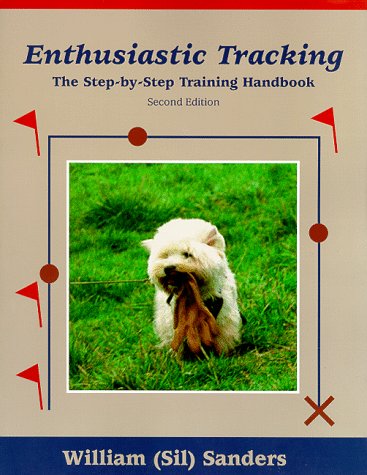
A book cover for Enthusiastic Tracking, The Step-by-Step Training Manual; William R. Sanders; Sports & Outdoors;